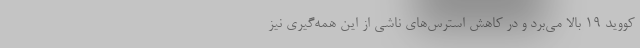
کووید ۱۹ بالا می‌برد و در کاهش استرس‌­های ناشی از این همه‌گیری نیز